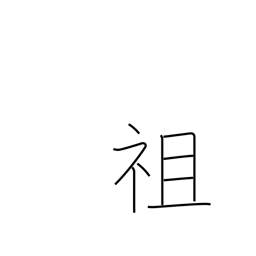
Meaning: pioneer